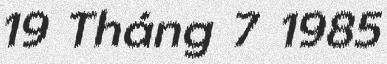
19 Tháng 7 1985